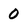
Character: 0